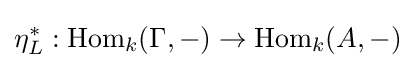
\eta _{L}^{*}:{\text{Hom}}_{k}(\Gamma ,-)\rightarrow {\text{Hom}}_{k}(A,-)